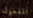
المفعول